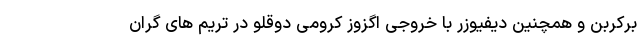
برکربن و همچنین دیفیوزر با خروجی اگزوز کرومی دوقلو در تریم های گران